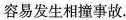
容易发生相撞事故.